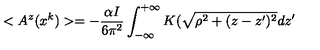
< A ^ { z } ( x ^ { k } ) > = - \frac { \alpha I } { 6 \pi ^ { 2 } } \int _ { - \infty } ^ { + \infty } K ( \sqrt { \rho ^ { 2 } + ( z - z ^ { \prime } ) ^ { 2 } } d z ^ { \prime }